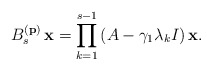
\begin{align*}B_s^{(\bf p)}\,{\bf x}=\prod_{k=1}^{s-1}\left( A - \gamma_1 \lambda_k I\right){\bf x}.\end{align*}